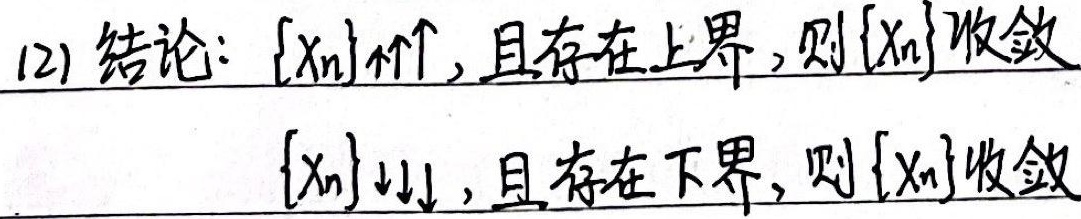
(2) 结论: $\{x_n\}\uparrow\uparrow$，且存在上界，则 $\{x_n\}$ 收敛；$\{x_n\}\downarrow\downarrow$，且存在下界，则 $\{x_n\}$ 收敛